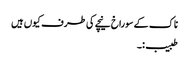
ناک کے سوراخ نیچے کی طرف کیوں ہیں
طبیب:۔